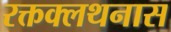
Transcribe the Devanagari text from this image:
रक्तक्लथनास